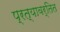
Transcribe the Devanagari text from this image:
प्रत्यावर्तित